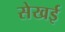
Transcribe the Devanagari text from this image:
सेखई